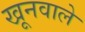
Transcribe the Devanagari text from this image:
खूनवाले